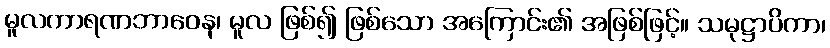
မူလကာရဏဘာဝေန၊ မူလ ဖြစ်၍ ဖြစ်သော အကြောင်း၏ အဖြစ်ဖြင့်။ သမုဋ္ဌာပိကာ၊